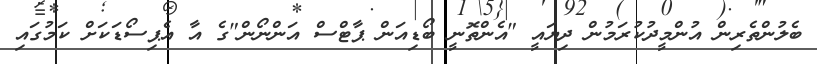
ބެލުންތެރިން އުންމީދުކުރަމުން ދިޔައީ "އެންތޮނީ ބޯޑިއަން ޕާޓްސް އަންނޯން"ގެ އާ އެޕިސޯޑަކަށް ކަމުގައި